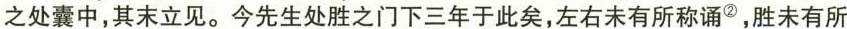
之处囊中，其末立见。今先生处胜之门下三年于此矣，左右未有所称诵^{②}，胜未有所